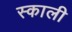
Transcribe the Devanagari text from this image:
स्काली